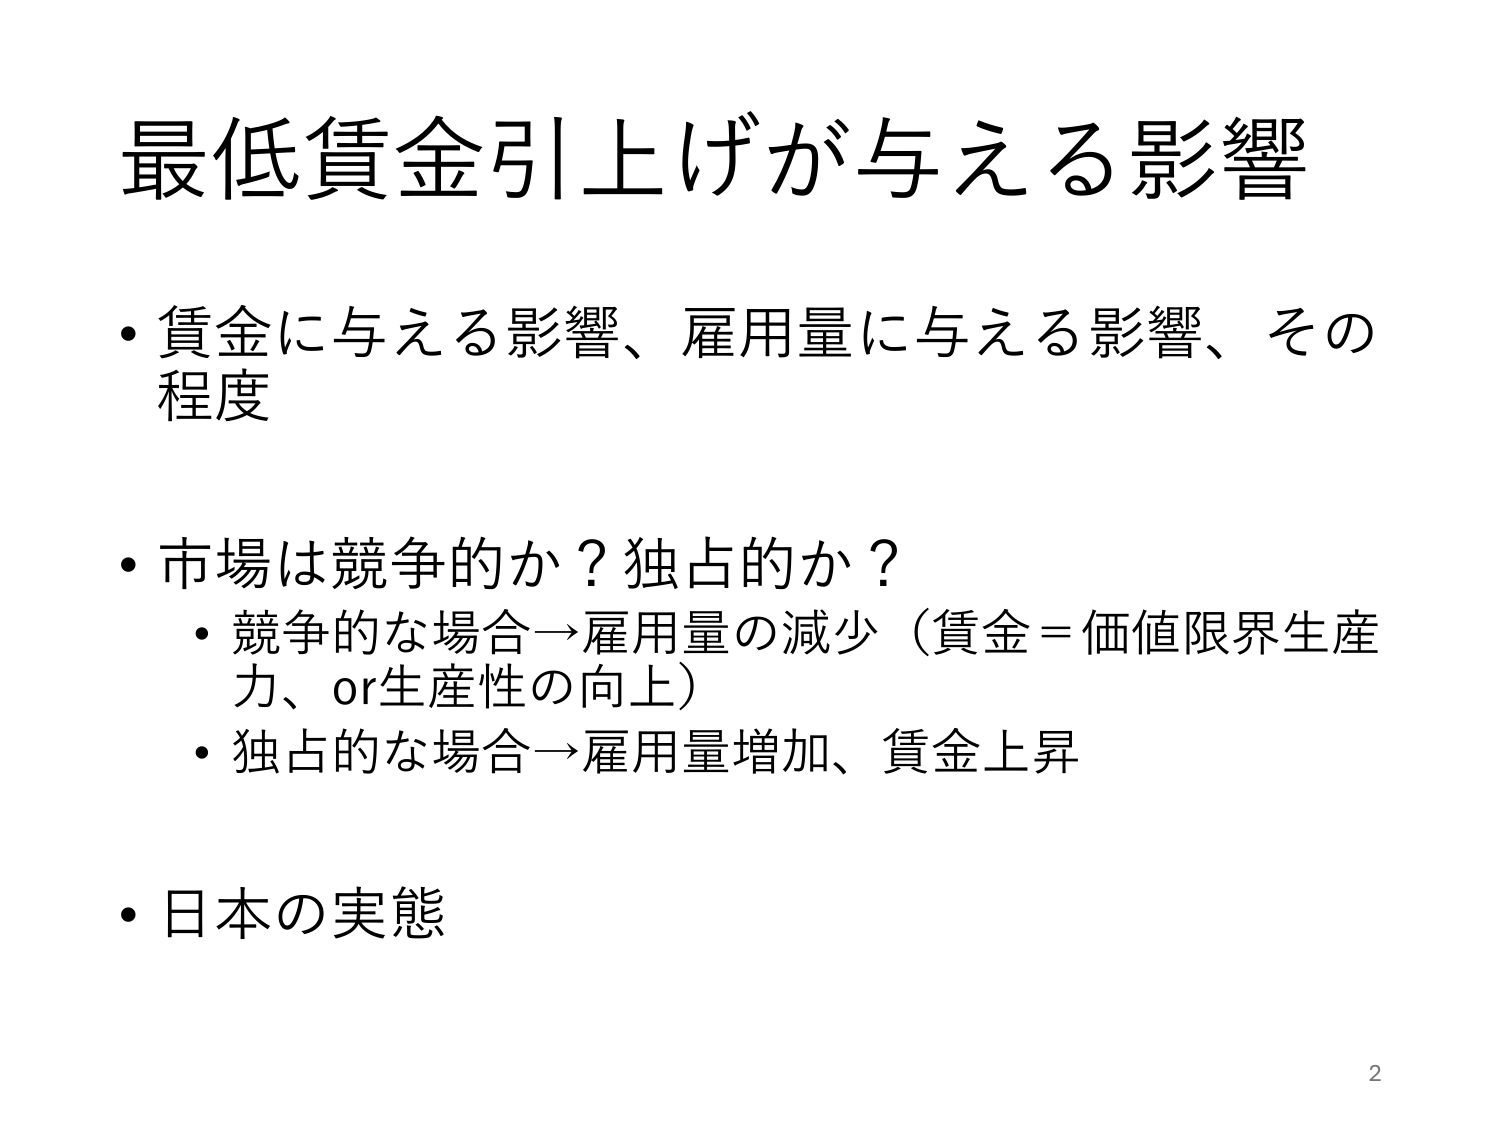
最低賃金引上げが与える影響

・賃金に与える影響、雇用量に与える影響、その程度

・市場は競争的か？独占的か？
　・競争的な場合→雇用量の減少（賃金＝価値限界生産力、or生産性の向上）
　・独占的な場合→雇用量増加、賃金上昇

・日本の実態

2